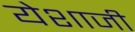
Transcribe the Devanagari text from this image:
येशाजी